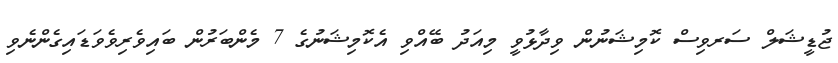
ޖުޑީޝަލް ސަރވިސް ކޮމިޝަނުން ވިދާޅުވީ މިއަދު ބޭއްވި އެކޮމިޝަނުގެ 7 މެންބަރުން ބައިވެރިވެވަޑައިގެންނެވި